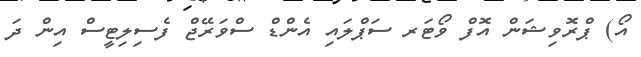
އޯ) ޕްރޮވިޝަން އޮފް ވޯޓަރ ސަޕްލައި އެންޑް ސްވަރޭޖް ފެސިލިޓީސް އިން ދަ